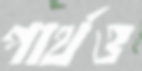
পার্থও